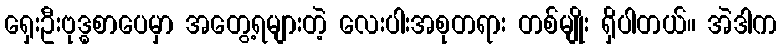
ရှေးဦးဗုဒ္ဓစာပေမှာ အတွေ့ရများတဲ့ လေးပါးအစုတရား တစ်မျိုး ရှိပါတယ်။ အဲဒါက